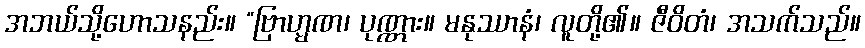
အဘယ်သို့ဟောသနည်း။ “ဗြာဟ္မဏ၊ ပုဏ္ဏား။ မနုဿာနံ၊ လူတို့၏။ ဇီဝိတံ၊ အသက်သည်။